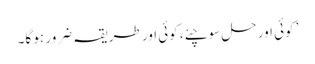
’ کوئی اور حل سوچئے، کوئی اور طریقہ ضرور ہو گا۔